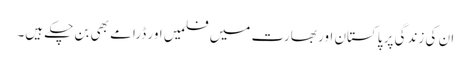
ان کی زندگی پر پاکستان اور بھارت میں فلمیں اور ڈرامے بھی بن چکے ہیں۔